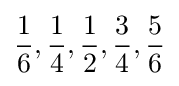
{\dfrac {1}{6}},{\dfrac {1}{4}},{\dfrac {1}{2}},{\dfrac {3}{4}},{\dfrac {5}{6}}